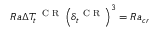
R a \Delta T _ { t } ^ { \mathrm { ~ \scriptsize ~ C ~ R ~ } } \left( \delta _ { t } ^ { \mathrm { ~ \scriptsize ~ C ~ R ~ } } \right) ^ { 3 } = R a _ { c r }